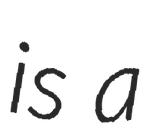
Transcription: is a